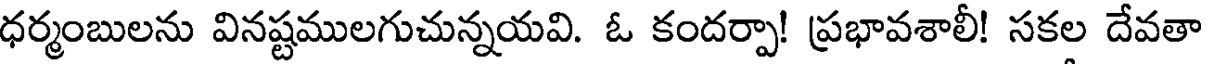
ధర్మంబులను వినష్టములగుచున్నయవి. ఓ కందర్పా! ప్రభావశాలీ! సకల దేవతా